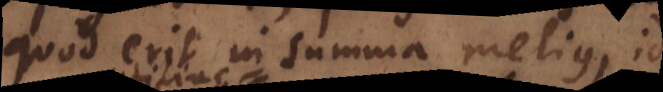
quod erit in summa melius, id